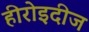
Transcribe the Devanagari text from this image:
हीरोइदीज